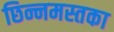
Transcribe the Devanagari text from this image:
छिन्नमस्तका